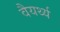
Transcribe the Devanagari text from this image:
वैयर्थ्य